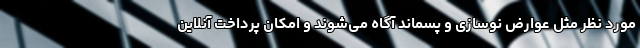
مورد نظر مثل عوارض نوسازی و پسماند آگاه می‌شوند و امکان پرداخت آنلاین